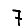
Digit: 7